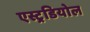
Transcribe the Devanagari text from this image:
एस्ट्रडियोल